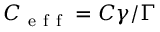
C _ { \mathrm { ~ e ~ f ~ f ~ } } = C \gamma / \Gamma